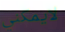
لايمكني